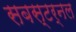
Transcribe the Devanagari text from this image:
सबस्टर्नल